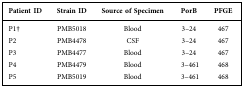
<table><thead><tr><td><b>Patient ID</b></td><td><b>Strain ID</b></td><td><b>Source of Specimen</b></td><td><b>PorB</b></td><td><b>PFGE</b></td></tr></thead><tbody><tr><td>P1†</td><td>PMB5018</td><td>Blood</td><td>3–24</td><td>467</td></tr><tr><td>P2</td><td>PMB4478</td><td>CSF</td><td>3–24</td><td>467</td></tr><tr><td>P3</td><td>PMB4477</td><td>Blood</td><td>3–24</td><td>467</td></tr><tr><td>P4</td><td>PMB4479</td><td>Blood</td><td>3–461</td><td>468</td></tr><tr><td>P5</td><td>PMB5019</td><td>Blood</td><td>3–461</td><td>468</td></tr></tbody></table>